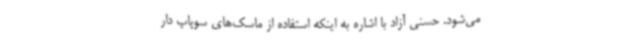
می‌شود. حسنی آزاد با اشاره به اینکه استفاده از ماسک‌های سوپاپ دار